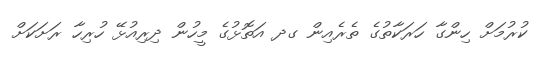
ކުރުމަށް ހިންގާ ހަރަކާތުގެ ތެރެއިން ގދ އަތޮޅުގެ މީހުން ދިރިއުޅޭ ހުރިހާ ރަށަކަށް